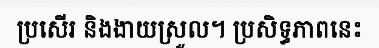
ប្រសើរ និងងាយស្រួល។ ប្រសិទ្ធភាពនេះ